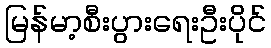
မြန်မာ့စီးပွားရေးဦးပိုင်